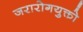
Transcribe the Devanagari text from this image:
जरारोगयुक्तो